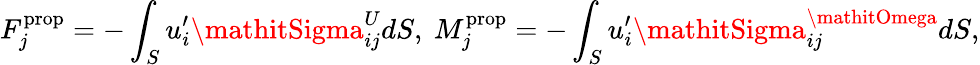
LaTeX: F_{j}^{\textrm{prop}}=-\int_{S}u_{i}^{\prime}\mathitSigma_{ij}^{U}dS,~M_{j}^{\textrm{prop}}=-\int_{S}u_{i}^{\prime}\mathitSigma_{ij}^{\mathitOmega}dS,